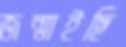
জন্মাইছি